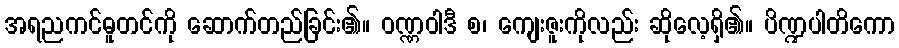
အရညကင်ဓူတင်ကို ဆောက်တည်ခြင်း၏။ ဝဏ္ဏဝါဒီ စ၊ ကျေးဇူးကိုလည်း ဆိုလေ့ရှိ၏။ ပိဏ္ဍပါတိကော